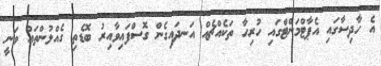
އެ ހާދިސާގައި އެޕާޓްމަންޓްގައި ހުރިހާ ތަކެއްޗެއް އަނދައިގެން ގޮސްފައިވާއިރު ބޮޑެތި ގެއްލުންތައް ވަނީ